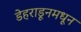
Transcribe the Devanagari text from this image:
डेहराडूनमधून